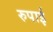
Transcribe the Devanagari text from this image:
रुपाई